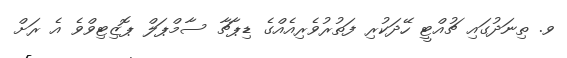
ވ. ތިނަދުގައި ޗުއްޓީ ހޭދަކުރި ފަތުރުވެރިއެއްގެ ޑިޕާޗާ ސާމްޕަލް ޕޮޒިޓިވްވެ އެ ރަށް